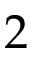
2